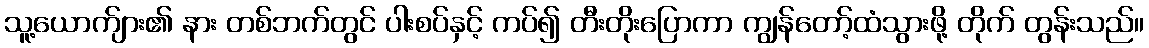
သူ့ယောက်ျား၏ နား တစ်ဘက်တွင် ပါးစပ်နှင့် ကပ်၍ တီးတိုးပြောကာ ကျွန်တော့်ထံသွားဖို့ တိုက် တွန်းသည်။